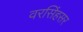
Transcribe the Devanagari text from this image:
वरसिंहसर